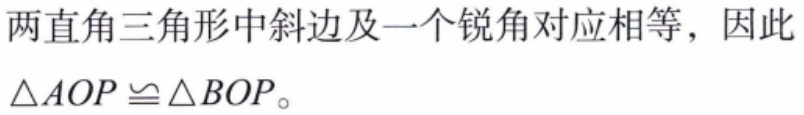
两直角三角形中斜边及一个锐角对应相等，因此$\triangle AOP \cong \triangle BOP$。